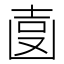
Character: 𠚓